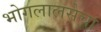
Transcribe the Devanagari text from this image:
भोगलालसेचा